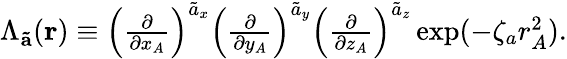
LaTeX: \begin{array}{r}{\Lambda_{\mathbf{\tilde{a}}}({\mathbf r})\equiv\left(\frac{\partial}{\partial x_{A}}\right)^{\tilde{a}_{x}}\left(\frac{\partial}{\partial y_{A}}\right)^{\tilde{a}_{y}}\left(\frac{\partial}{\partial z_{A}}\right)^{\tilde{a}_{z}}\exp(-\zeta_{a}r_{A}^{2}).}\end{array}